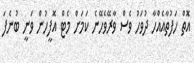
އޮތް ހަފުތާއެއްހާ ދުވަހު ވެސް ވާރޭވެހޭނެ ކަމަށް މެޓް އޮފީހުން ވަނީ ބުނެފަ